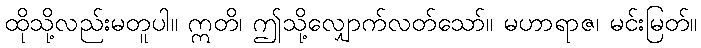
ထိုသို့လည်းမတူပါ။ ဣတိ၊ ဤသို့လျှောက်လတ်သော်။ မဟာရာဇ၊ မင်းမြတ်။